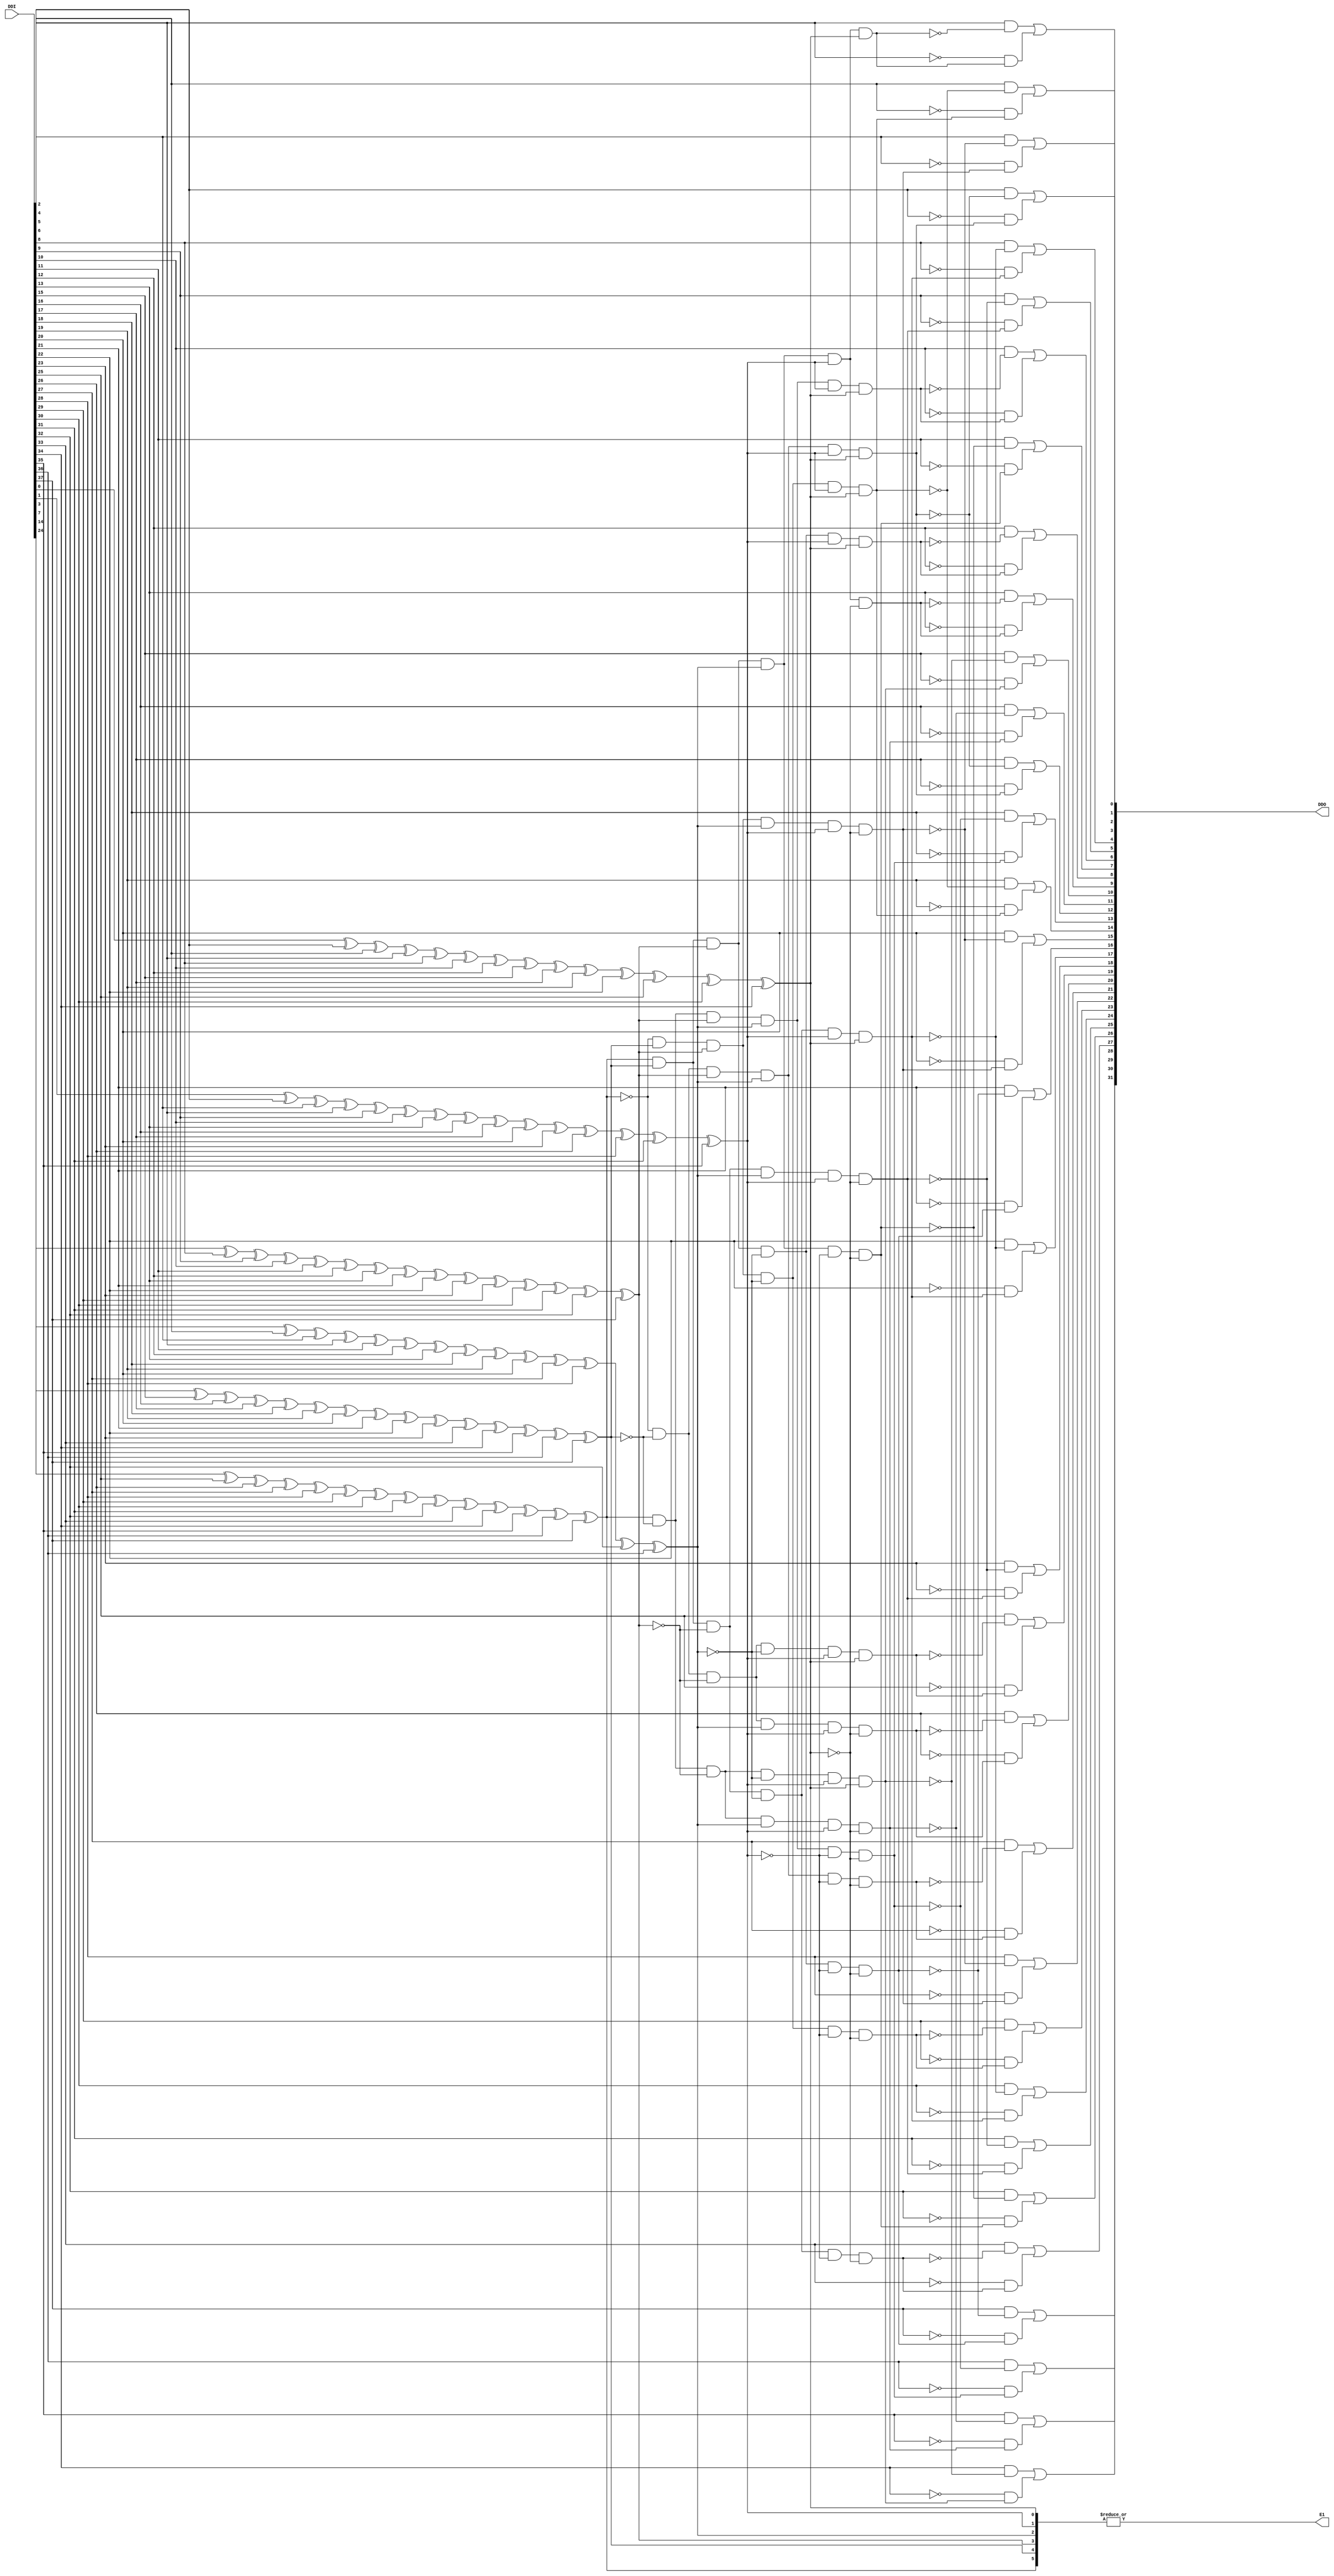
module ECC_S1D_decoder (
    input	[37:0]	DDI,
    output	[31:0]	DDO,
    output  E1
);
    




wire		[5:0]	nc;
wire		[31:0]	errBit;
wire		[37:0]	XI;

assign XI = DDI;

// Create a new syndrome
assign nc[0] = XI[0]^XI[2]^XI[4]^XI[6]^XI[8]^XI[10]^XI[12]^XI[15]^XI[17]^XI[19]^XI[22]^XI[25]^XI[30]^XI[34];
assign nc[1] = XI[1]^XI[2]^XI[5]^XI[6]^XI[9]^XI[10]^XI[13]^XI[16]^XI[17]^XI[20]^XI[23]^XI[26]^XI[28]^XI[31]^XI[35];
assign nc[2] = XI[3]^XI[4]^XI[5]^XI[6]^XI[11]^XI[12]^XI[13]^XI[18]^XI[19]^XI[20]^XI[27]^XI[28]^XI[32]^XI[36];
assign nc[3] = XI[7]^XI[8]^XI[9]^XI[10]^XI[11]^XI[12]^XI[13]^XI[21]^XI[22]^XI[23]^XI[29]^XI[30]^XI[31]^XI[32]^XI[37];
assign nc[4] = XI[14]^XI[15]^XI[16]^XI[17]^XI[18]^XI[19]^XI[20]^XI[21]^XI[22]^XI[23]^XI[33]^XI[34]^XI[35]^XI[36]^XI[37];
assign nc[5] = XI[24]^XI[25]^XI[26]^XI[27]^XI[28]^XI[29]^XI[30]^XI[31]^XI[32]^XI[33]^XI[34]^XI[35]^XI[36]^XI[37];

// Is there an error ?
assign E1 = |nc ;

// For x in 0 to 31; errBit[x] is '1' if it is found faulty
assign errBit[0] =  !nc[5] & !nc[4] &  nc[3] &  nc[2] &  nc[1] &  nc[0];
assign errBit[1] =  !nc[5] &  nc[4] &  nc[3] & !nc[2] &  nc[1] &  nc[0];
assign errBit[2] =  !nc[5] &  nc[4] &  nc[3] &  nc[2] &  nc[1] & !nc[0];
assign errBit[3] =   nc[5] &  nc[4] &  nc[3] &  nc[2] &  nc[1] &  nc[0];
assign errBit[4] =   nc[5] &  nc[4] & !nc[3] & !nc[2] &  nc[1] &  nc[0];
assign errBit[5] =   nc[5] &  nc[4] & !nc[3] &  nc[2] &  nc[1] & !nc[0];
assign errBit[6] =   nc[5] & !nc[4] &  nc[3] &  nc[2] &  nc[1] &  nc[0];
assign errBit[7] =   nc[5] &  nc[4] &  nc[3] &  nc[2] & !nc[1] & !nc[0];
assign errBit[8] =   nc[5] &  nc[4] &  nc[3] & !nc[2] &  nc[1] &  nc[0];
assign errBit[9] =   nc[5] &  nc[4] &  nc[3] &  nc[2] &  nc[1] & !nc[0];
assign errBit[10] =   nc[5] & !nc[4] & !nc[3] & !nc[2] &  nc[1] &  nc[0];
assign errBit[11] =   nc[5] & !nc[4] & !nc[3] &  nc[2] &  nc[1] & !nc[0];
assign errBit[12] =  !nc[5] & !nc[4] &  nc[3] &  nc[2] &  nc[1] &  nc[0];
assign errBit[13] =   nc[5] & !nc[4] &  nc[3] &  nc[2] & !nc[1] & !nc[0];
assign errBit[14] =  !nc[5] &  nc[4] &  nc[3] & !nc[2] &  nc[1] &  nc[0];
assign errBit[15] =  !nc[5] &  nc[4] &  nc[3] &  nc[2] &  nc[1] & !nc[0];
assign errBit[16] =   nc[5] &  nc[4] &  nc[3] & !nc[2] & !nc[1] & !nc[0];
assign errBit[17] =   nc[5] &  nc[4] & !nc[3] & !nc[2] &  nc[1] &  nc[0];
assign errBit[18] =   nc[5] &  nc[4] & !nc[3] &  nc[2] &  nc[1] & !nc[0];
assign errBit[19] =  !nc[5] & !nc[4] & !nc[3] & !nc[2] &  nc[1] &  nc[0];
assign errBit[20] =  !nc[5] & !nc[4] & !nc[3] &  nc[2] &  nc[1] & !nc[0];
assign errBit[21] =  !nc[5] & !nc[4] &  nc[3] &  nc[2] & !nc[1] & !nc[0];
assign errBit[22] =  !nc[5] &  nc[4] &  nc[3] &  nc[2] &  nc[1] & !nc[0];
assign errBit[23] =  !nc[5] &  nc[4] &  nc[3] & !nc[2] & !nc[1] & !nc[0];
assign errBit[24] =   nc[5] &  nc[4] & !nc[3] & !nc[2] &  nc[1] &  nc[0];
assign errBit[25] =   nc[5] &  nc[4] & !nc[3] &  nc[2] &  nc[1] & !nc[0];
assign errBit[26] =   nc[5] &  nc[4] &  nc[3] &  nc[2] & !nc[1] & !nc[0];
assign errBit[27] =   nc[5] &  nc[4] & !nc[3] & !nc[2] & !nc[1] & !nc[0];
assign errBit[28] =   nc[5] & !nc[4] & !nc[3] & !nc[2] &  nc[1] &  nc[0];
assign errBit[29] =   nc[5] & !nc[4] & !nc[3] &  nc[2] &  nc[1] & !nc[0];
assign errBit[30] =   nc[5] & !nc[4] &  nc[3] &  nc[2] & !nc[1] & !nc[0];
assign errBit[31] =   nc[5] &  nc[4] &  nc[3] & !nc[2] & !nc[1] & !nc[0];

// Flip a bit if it is faulty
assign DDO[0] = XI[2] & !errBit[0] | !XI[2] & errBit[0];
assign DDO[1] = XI[4] & !errBit[1] | !XI[4] & errBit[1];
assign DDO[2] = XI[5] & !errBit[2] | !XI[5] & errBit[2];
assign DDO[3] = XI[6] & !errBit[3] | !XI[6] & errBit[3];
assign DDO[4] = XI[8] & !errBit[4] | !XI[8] & errBit[4];
assign DDO[5] = XI[9] & !errBit[5] | !XI[9] & errBit[5];
assign DDO[6] = XI[10] & !errBit[6] | !XI[10] & errBit[6];
assign DDO[7] = XI[11] & !errBit[7] | !XI[11] & errBit[7];
assign DDO[8] = XI[12] & !errBit[8] | !XI[12] & errBit[8];
assign DDO[9] = XI[13] & !errBit[9] | !XI[13] & errBit[9];
assign DDO[10] = XI[15] & !errBit[10] | !XI[15] & errBit[10];
assign DDO[11] = XI[16] & !errBit[11] | !XI[16] & errBit[11];
assign DDO[12] = XI[17] & !errBit[12] | !XI[17] & errBit[12];
assign DDO[13] = XI[18] & !errBit[13] | !XI[18] & errBit[13];
assign DDO[14] = XI[19] & !errBit[14] | !XI[19] & errBit[14];
assign DDO[15] = XI[20] & !errBit[15] | !XI[20] & errBit[15];
assign DDO[16] = XI[21] & !errBit[16] | !XI[21] & errBit[16];
assign DDO[17] = XI[22] & !errBit[17] | !XI[22] & errBit[17];
assign DDO[18] = XI[23] & !errBit[18] | !XI[23] & errBit[18];
assign DDO[19] = XI[25] & !errBit[19] | !XI[25] & errBit[19];
assign DDO[20] = XI[26] & !errBit[20] | !XI[26] & errBit[20];
assign DDO[21] = XI[27] & !errBit[21] | !XI[27] & errBit[21];
assign DDO[22] = XI[28] & !errBit[22] | !XI[28] & errBit[22];
assign DDO[23] = XI[29] & !errBit[23] | !XI[29] & errBit[23];
assign DDO[24] = XI[30] & !errBit[24] | !XI[30] & errBit[24];
assign DDO[25] = XI[31] & !errBit[25] | !XI[31] & errBit[25];
assign DDO[26] = XI[32] & !errBit[26] | !XI[32] & errBit[26];
assign DDO[27] = XI[33] & !errBit[27] | !XI[33] & errBit[27];
assign DDO[28] = XI[34] & !errBit[28] | !XI[34] & errBit[28];
assign DDO[29] = XI[35] & !errBit[29] | !XI[35] & errBit[29];
assign DDO[30] = XI[36] & !errBit[30] | !XI[36] & errBit[30];
assign DDO[31] = XI[37] & !errBit[31] | !XI[37] & errBit[31];

endmodule